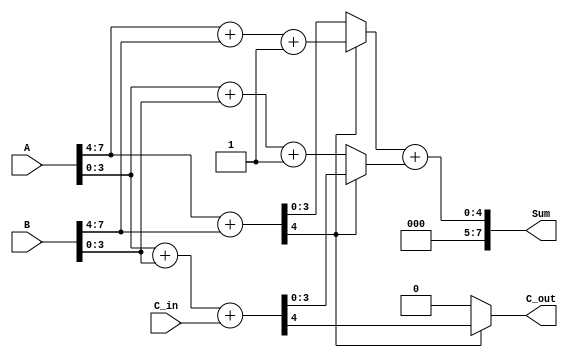
module CarrySelectAdder (
    input [7:0] A,        // 8-bit input A
    input [7:0] B,        // 8-bit input B
    input C_in,           // Carry input
    output [7:0] Sum,     // 8-bit sum output
    output C_out          // Carry output
);

    wire [4:0] S0, S1;    // Sums for higher-order bits (with carry-in 0 and 1)
    wire [4:0] S2, S3;    // Sums for lower-order bits (with carry-in 0 and 1)
    wire C_out_high;      // Carry out from higher-order block
    wire C_out_low;       // Carry out from lower-order block

    // Higher-order block (A[7:4], B[7:4])
    assign S0 = A[7:4] + B[7:4];          // Sum with C_in = 0
    assign C_out_high = S0[4];            // Carry out from higher-order sum

    assign S1 = A[7:4] + B[7:4] + 1;      // Sum with C_in = 1

    // Lower-order block (A[3:0], B[3:0])
    assign S2 = A[3:0] + B[3:0] + C_in;   // Sum with C_in
    assign C_out_low = S2[4];             // Carry out from lower-order sum

    assign S3 = A[3:0] + B[3:0] + 1;       // Sum with C_in = 1

    // Final sum selection based on carry out from higher-order block
    assign Sum = (C_out_high ? S1[3:0] : S0[3:0]) + (C_out_high ? S2[3:0] : S3[3:0]);
    assign C_out = (C_out_high ? C_out_low : C_out_high); // Final carry out

endmodule